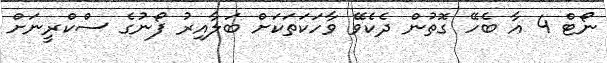
ނޯޓް 4 އާ ބެހޭ ގޮތުން ދެކެވޭ ވާހަކަތަކަށް ބަލާއިރު ފޯނުގެ ސްކްރީނަށް